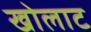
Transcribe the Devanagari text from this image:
खोलाट